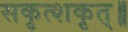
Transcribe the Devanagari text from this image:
सकृत्शकृत्॥